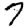
Digit: 7